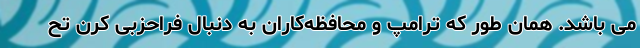
می باشد. همان طور که ترامپ و محافظه‌کاران به دنبال فراحزبی کرن تح